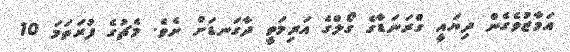
އަމާޒުވެގެން ދިޔައީ ގްރަނަޑާގެ ގޯލްގެ އަރިމަތީ ދާގަނޑަށް ށެވެ. މެޗުގެ ފުރަތަމަ 10